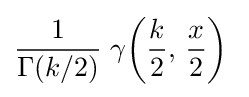
{\frac {1}{\Gamma (k/2)}}\;\gamma {\left({\frac {k}{2}},\,{\frac {x}{2}}\right)}\;